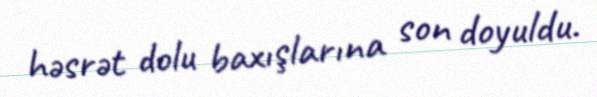
həsrət dolu baxışlarına son doyuldu.